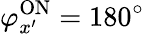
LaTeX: \varphi_{x^{\prime}}^{\mathrm{{ON}}}=180^{\circ}